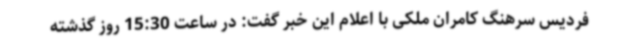
فردیس سرهنگ کامران ملکی با اعلام این خبر گفت: در ساعت 15:30 روز گذشته